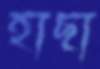
হাছা